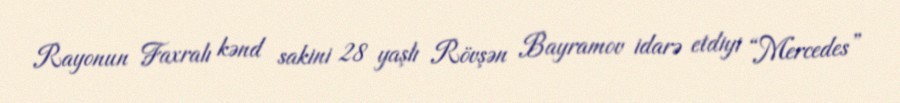
Rayonun Faxralı kənd sakini 28 yaşlı Rövşən Bayramov idarə etdiyi “Mercedes”